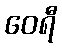
ဝေရီ